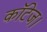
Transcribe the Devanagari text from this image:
कॉटेज।